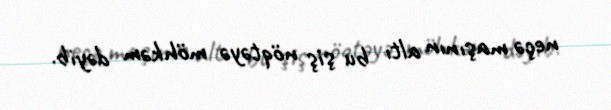
neçə maşının altı bu şiş nöqtəyə möhkəm dəyib.